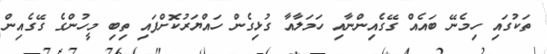
ތަކުގައި ހިމެނޭ ބައެއް ގޭގެއިންނާއި ހަމަލާއާ ގުޅިގެން ހައްޔަރުކޮށްފައި ތިބި މީހުންގެ ގޭގެއިން